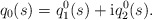
\begin{align*}q_{0}(s) = q^{0}_{1}(s) + {\rm i}q^{0}_{2}(s).\end{align*}